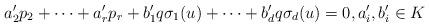
LaTeX: \begin{align*}a'_2 p_2+\cdots+a'_r p_r+b'_1q\sigma_1(u)+\cdots+b'_d q \sigma_d(u)=0,a'_i, b'_i\in K\end{align*}